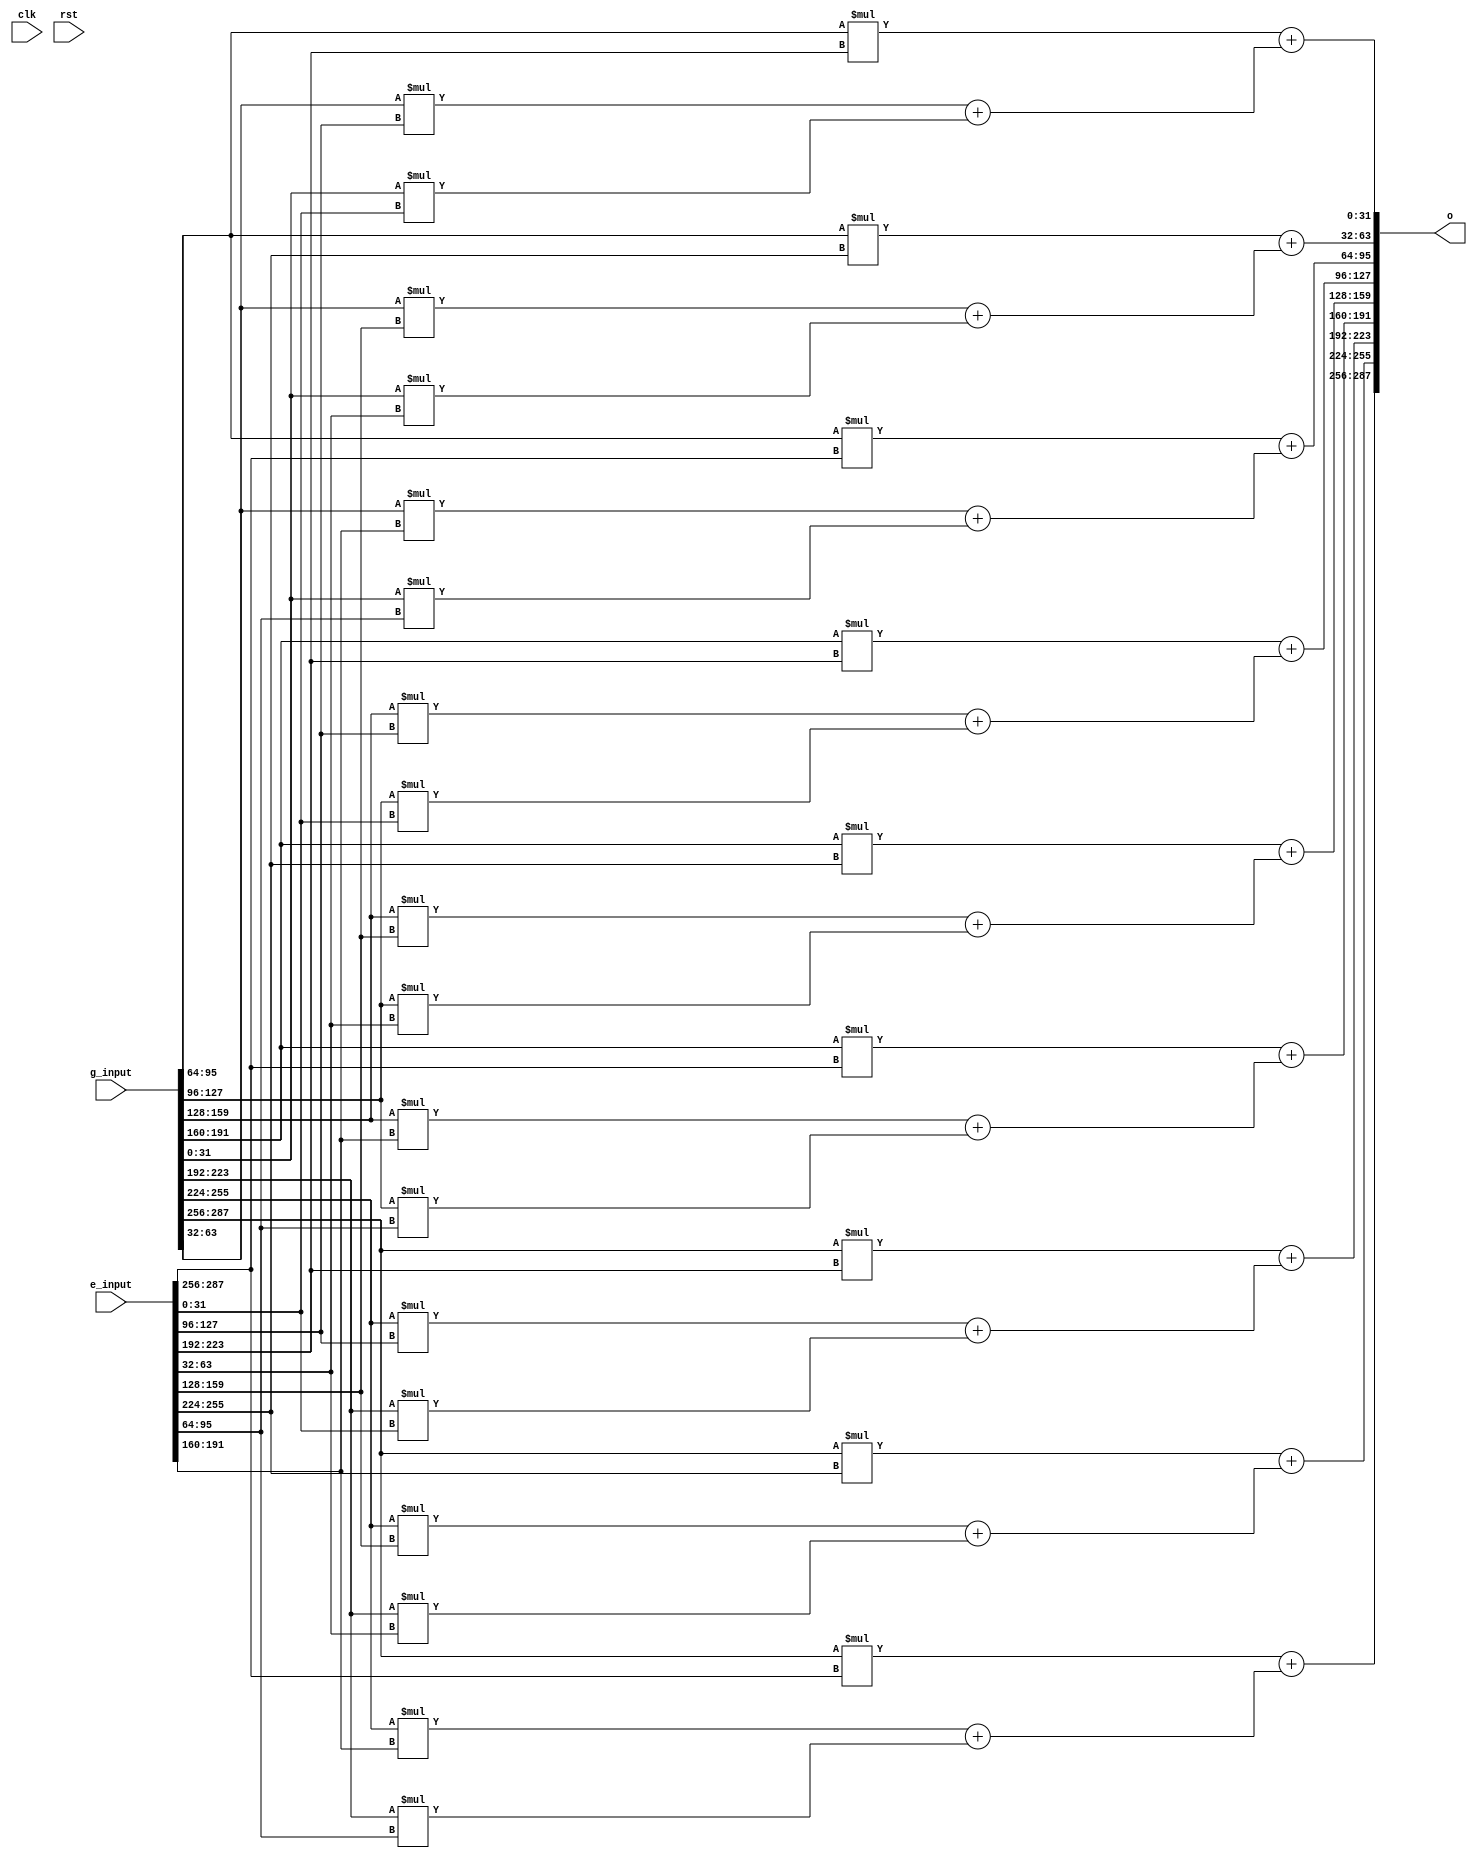
`timescale 1ns / 1ps
// synopsys template
module matrix_mult_N_M_0
#(
	parameter N=3,
	parameter M=32
)
(
	clk,
	rst,
	g_input,
	e_input,
	o
);
	input clk,rst;
	input[M*N*N-1:0] g_input;
	input[M*N*N-1:0] e_input;
	output[M*N*N-1:0] o;

	wire [M-1:0] xij[N-1:0][N-1:0];
	wire [M-1:0] yij[N-1:0][N-1:0];
	wire  [M-1:0] oij[N-1:0][N-1:0];
	wire  [M-1:0] oijk[N-1:0][N-1:0][N-1:0];


	wire  [2*M-1:0] xyijk[N-1:0][N-1:0][N-1:0];

	genvar i;
	genvar j;
	genvar k;

	generate
	for (i=0;i<N;i=i+1)
	begin:ASS_ROW
		for (j=0;j<N;j=j+1)
		begin:ASS_COL
			assign xij[i][j] = g_input[M*(N*i+j+1)-1:M*(N*i+j)];
			assign yij[i][j] = e_input[M*(N*i+j+1)-1:M*(N*i+j)];
			assign o[M*(N*i+j+1)-1:M*(N*i+j)] = oij[i][j];
			assign oijk[i][j][0] = xyijk[i][j][0][M-1:0];
			assign oij[i][j] = oijk[i][j][N-1];
		end
	end
	endgenerate

	generate
	for (i=0;i<N;i=i+1)
	begin:MUL_ROW_MULT
		for (j=0;j<N;j=j+1)
		begin:MUL_COL_MULT
			for (k=0;k<N;k=k+1)
			begin:MULT_O
				assign xyijk[i][j][k] = xij[i][k]*yij[k][j];
			end
		end
	end
	endgenerate

	generate
	for (i=0;i<N;i=i+1)
	begin:MUL_ROW_ADD
		for (j=0;j<N;j=j+1)
		begin:MUL_COL_ADD
			for (k=1;k<N;k=k+1)
			begin:ADD_O
				assign oijk[i][j][k] = xyijk[i][j][k][M-1:0] + oijk[i][j][k-1];
			end
		end
	end
	endgenerate


endmodule